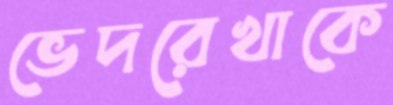
ভেদরেখাকে